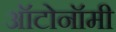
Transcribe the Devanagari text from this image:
ऑटोनॉमी